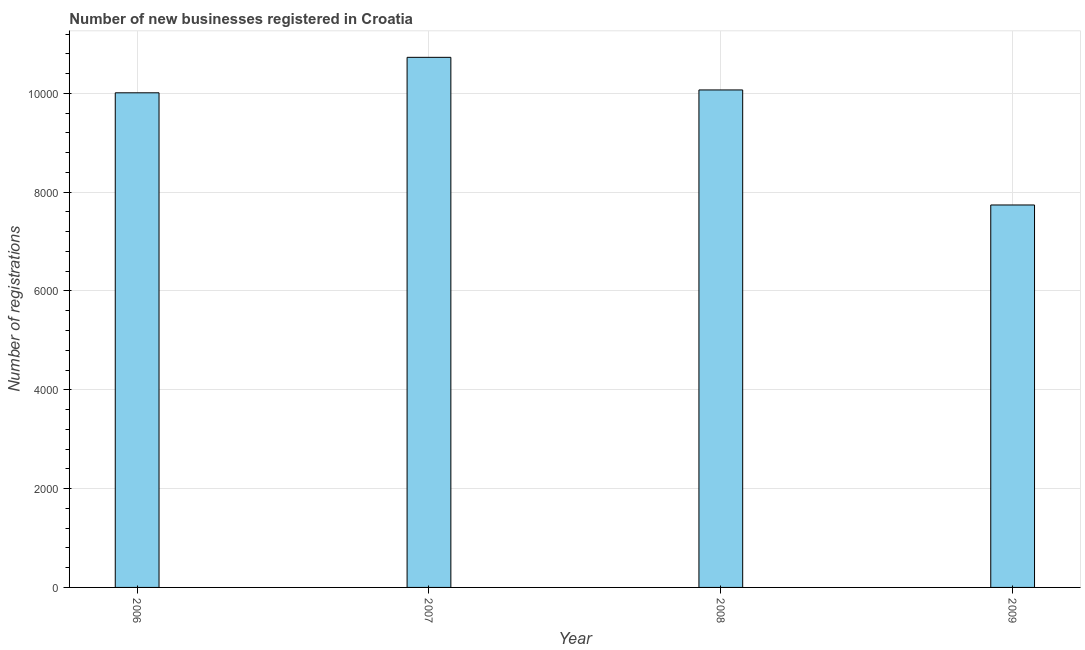
| Year | New businesses |
 | --- | --- |
 | 2006 | 1e+04 |
 | 2007 | 1.07e+04 |
 | 2008 | 1.01e+04 |
 | 2009 | 7.74e+03 |